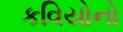
કવિયોનો